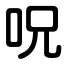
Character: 呪